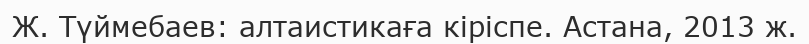
Ж. Түймебаев: алтаистикаға кіріспе. Астана, 2013 ж.